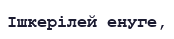
Ішкерілей енуге,